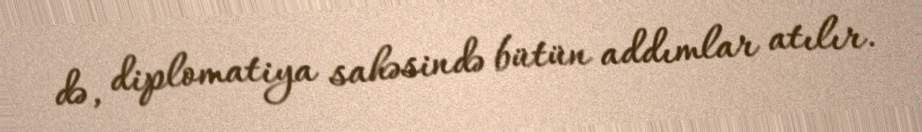
də, diplomatiya sahəsində bütün addımlar atılır.